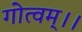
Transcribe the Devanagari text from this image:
गोत्वम्।।